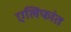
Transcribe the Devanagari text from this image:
एलिफांत